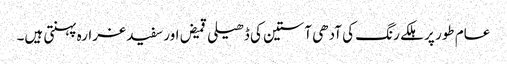
عام طور پر ہلکے رنگ کی آدھی آستین کی ڈھیلی قمیض اور سفید غرارہ پہنتی ہیں۔